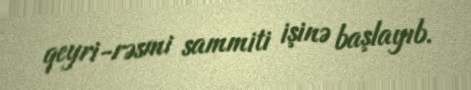
qeyri-rəsmi sammiti işinə başlayıb.